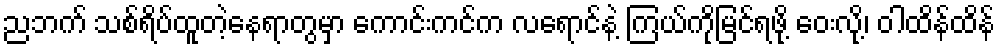
ညဘက် သစ်ရိပ်ထူတဲ့နေရာတွမှာ ကောင်းကင်က လရောင်နဲ့ ကြယ်ကိုမြင်ရဖို့ ဝေးလို့၊ ဝါထိန်ထိန်